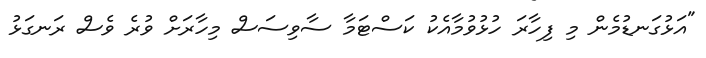
"އަޅުގަނޑުމެން މި ފިހާރަ ހުޅުވުމާއެކު ކަސްޓަމާ ސާވިސަސް މިހާރަށް ވުރެ ވެސް ރަނގަޅު